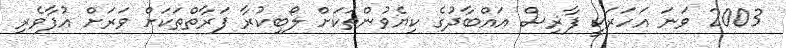
2003 ވަނަ އަހަރަކީ ފާޜިސް އައްބާދުގެ ކިޔެވުންތަކަށް ލޯބިކުރާ ފަރާތްތަކަށް ވަރަށް އުފާވެރި